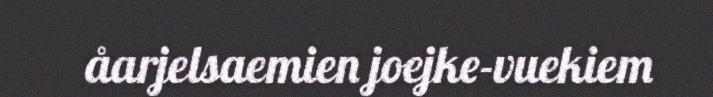
åarjelsaemien joejke-vuekiem